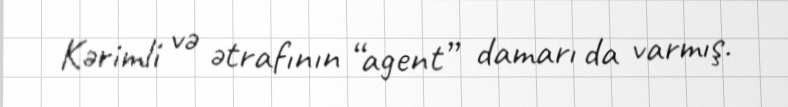
Kərimli və ətrafının “agent” damarı da varmış.